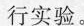
行实验。